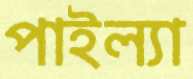
পাইল্যা